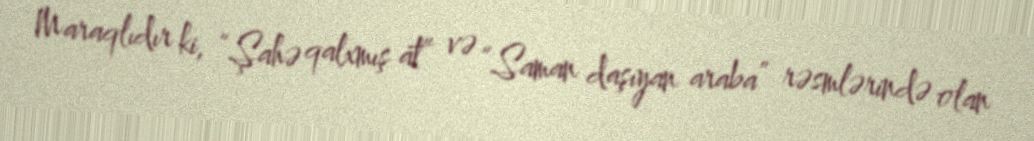
Maraqlıdır ki, “Şahə qalxmış at” və “Saman daşıyan araba” rəsmlərində olan